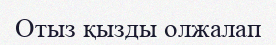
Отыз қызды олжалап